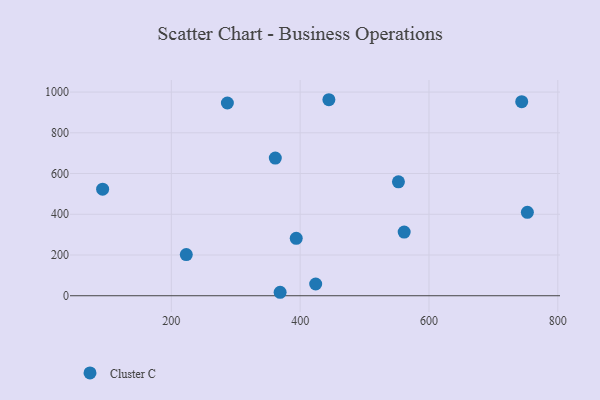
{"axis": {"x": "Engine Size", "y": "Yield"}, "legend": ["Cluster C"], "data": [{"x": "424.1", "y": 57.7, "type": "Cluster C"}, {"x": "361.4", "y": 676.0, "type": "Cluster C"}, {"x": "744.0", "y": 952.7, "type": "Cluster C"}, {"x": "752.8", "y": 409.4, "type": "Cluster C"}, {"x": "223.2", "y": 202.0, "type": "Cluster C"}, {"x": "93.3", "y": 523.2, "type": "Cluster C"}, {"x": "444.6", "y": 962.4, "type": "Cluster C"}, {"x": "561.5", "y": 312.5, "type": "Cluster C"}, {"x": "368.9", "y": 17.0, "type": "Cluster C"}, {"x": "552.6", "y": 559.1, "type": "Cluster C"}, {"x": "287.0", "y": 946.4, "type": "Cluster C"}, {"x": "393.9", "y": 281.8, "type": "Cluster C"}]}